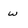
Character: w